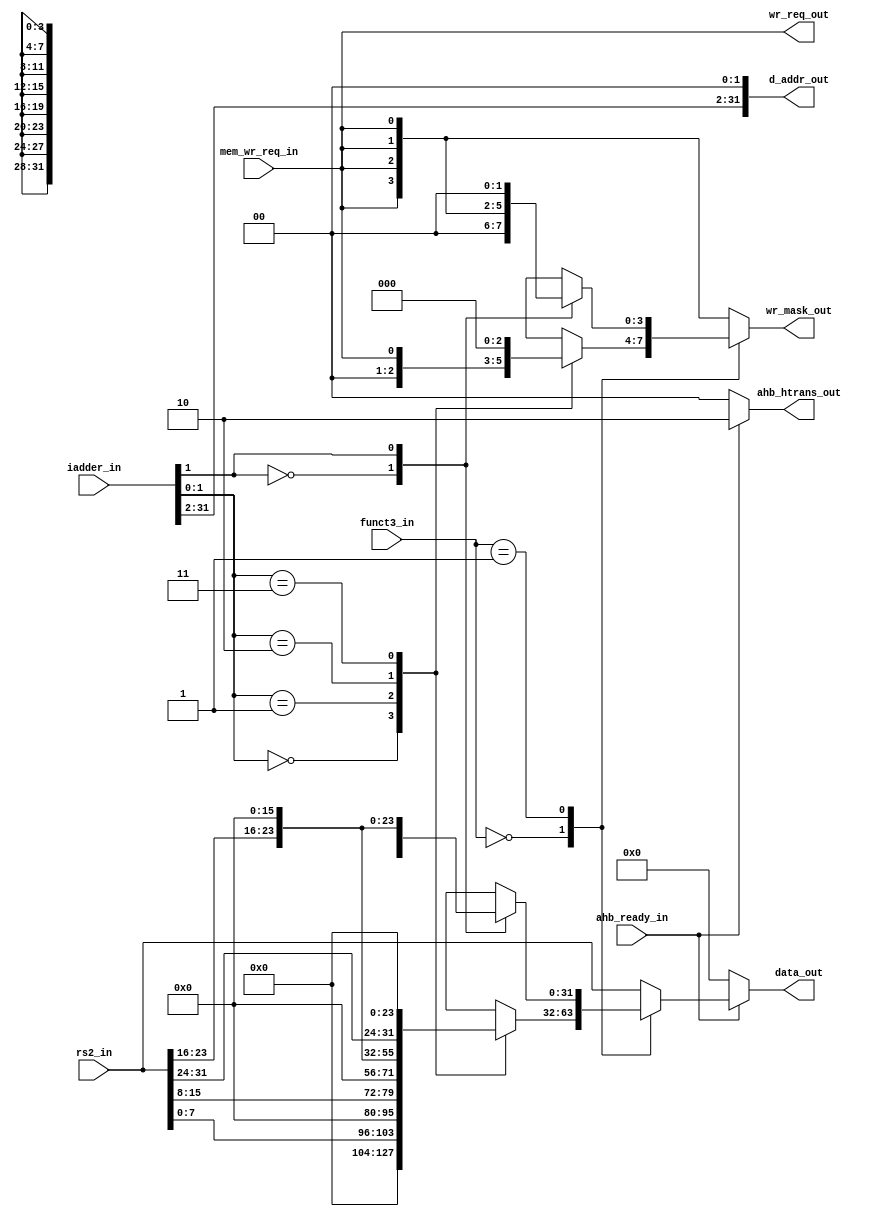
module marv32_store_unit (
    input [1:0] funct3_in,
    input [31:0] iadder_in,
    input [31:0] rs2_in,
    input mem_wr_req_in,
    input ahb_ready_in,
    output [31:0] d_addr_out,
    output reg [31:0] data_out,
    output reg [3:0] wr_mask_out,
    output reg [1:0] ahb_htrans_out,
    output wr_req_out
);

reg [31:0] byte_dout, halfword_dout;
reg [3:0] byte_wr_mask, halfword_wr_mask;
reg [31:0] d_addr = 32'h0;

assign d_addr_out = {iadder_in[31:2], 2'b00};
assign wr_req_out = mem_wr_req_in;

always @(*)
begin
    case (iadder_in[1:0])
        2'b00: byte_dout = {8'b0, 8'b0, 8'b0, rs2_in[7:0]};
        2'b01: byte_dout = {8'b0, 8'b0, rs2_in[15:8], 8'b0};
        2'b10: byte_dout = {8'b0, rs2_in[23:16], 8'b0, 8'b0};
        2'b11: byte_dout = {rs2_in[31:24], 8'b0, 8'b0, 8'b0};
        default: byte_dout = 32'b0;
    endcase
end

always @(*)
begin
    case (iadder_in[1])
        1'b0: halfword_dout = {16'b0, rs2_in[15:0]};
        1'b1: halfword_dout = {rs2_in[31:16], 16'b0};
        default: halfword_dout = 32'b0;
    endcase
end

always @(*)
begin
    if (ahb_ready_in)
    begin
        case (funct3_in)
            2'b00: data_out = byte_dout;
            2'b01: data_out = halfword_dout;
            default: data_out = rs2_in;
        endcase
        ahb_htrans_out = 2'b10;
    end
    else
    begin
        ahb_htrans_out = 2'b00;
        data_out = 32'b0; // Reset data_out when ahb_ready_in is not active.
    end
end

always @(*)
begin
    case (funct3_in)
        2'b00: wr_mask_out = byte_wr_mask;
        2'b01: wr_mask_out = halfword_wr_mask;
        default: wr_mask_out = {4{mem_wr_req_in}};
    endcase
end

always @(*)
begin
    case (iadder_in[1:0])
        2'b00: byte_wr_mask = {3'b0, mem_wr_req_in};
        2'b01: byte_wr_mask = {2'b0, mem_wr_req_in, 1'b0};
        2'b10: byte_wr_mask = {1'b0, mem_wr_req_in, 2'b0};
        2'b11: byte_wr_mask = {mem_wr_req_in, 3'b0};
        default: byte_wr_mask = {4{mem_wr_req_in}};
    endcase
end

always @(*)
begin
    case (iadder_in[1])
        1'b0: halfword_wr_mask = {2'b0, {2{mem_wr_req_in}}};
        1'b1: halfword_wr_mask = {{2{mem_wr_req_in}}, 2'b0};
        default: halfword_wr_mask = {4{mem_wr_req_in}};
    endcase
end

endmodule